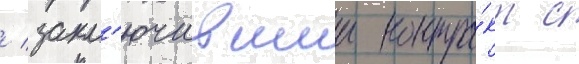
/ закл'ючившии контра́кт с